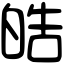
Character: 皓